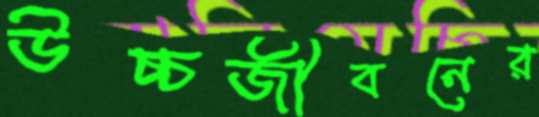
উচ্চজীবনের